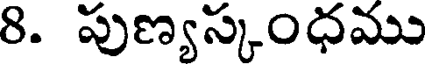
8. పుణ్యస్కంధము